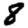
Digit: 8